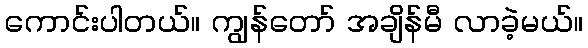
ကောင်းပါတယ်။ ကျွန်တော် အချိန်မီ လာခဲ့မယ်။